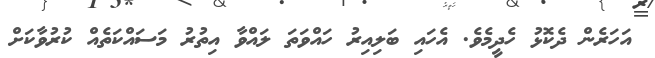
އަހަރެން ދެކޮޅު ހެދީމެވެ. އެހައި ބަލިއިރު ހައްވަތަ ލައްވާ އިތުރު މަސައްކަތެއް ކުރުވާކަށް